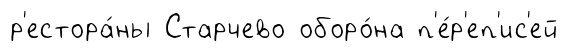
р'естора́ны Старчево оборо́на п'е́р'еп'ис'ей